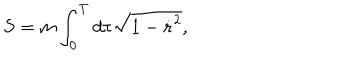
S = m \int _ { 0 } ^ { T } d \tau \sqrt { 1 - \mathbf { \dot { r } } ^ { 2 } } ,